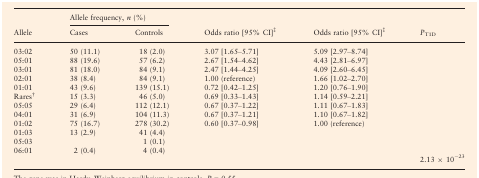
<table><thead><tr><td></td><td colspan="2"><b>Allele frequency, <i>n</i> (%)</b></td><td></td><td></td><td></td></tr><tr><td><b>Allele</b></td><td><b>Cases</b></td><td><b>Controls</b></td><td><b>Odds ratio [95% CI]‡</b></td><td><b>Odds ratio [95% CI]‡</b></td><td><b><i>P</i><sub>T1D</sub></b></td></tr></thead><tbody><tr><td>03:02</td><td>50 (11.1)</td><td>18 (2.0)</td><td>3.07 [1.65–5.71]</td><td>5.09 [2.97–8.74]</td><td></td></tr><tr><td>05:01</td><td>88 (19.6)</td><td>57 (6.2)</td><td>2.67 [1.54–4.62]</td><td>4.43 [2.81–6.97]</td><td></td></tr><tr><td>03:01</td><td>81 (18.0)</td><td>84 (9.1)</td><td>2.47 [1.44–4.25]</td><td>4.09 [2.60–6.45]</td><td></td></tr><tr><td>02:01</td><td>38 (8.4)</td><td>84 (9.1)</td><td>1.00 (reference)</td><td>1.66 [1.02–2.70]</td><td></td></tr><tr><td>01:01</td><td>43 (9.6)</td><td>139 (15.1)</td><td>0.72 [0.42–1.25]</td><td>1.20 [0.76–1.90]</td><td></td></tr><tr><td>Rares†</td><td>15 (3.3)</td><td>46 (5.0)</td><td>0.69 [0.33–1.43]</td><td>1.14 [0.59–2.21]</td><td></td></tr><tr><td>05:05</td><td>29 (6.4)</td><td>112 (12.1)</td><td>0.67 [0.37–1.22]</td><td>1.11 [0.67–1.83]</td><td></td></tr><tr><td>04:01</td><td>31 (6.9)</td><td>104 (11.3)</td><td>0.67 [0.37–1.21]</td><td>1.10 [0.67–1.82]</td><td></td></tr><tr><td>01:02</td><td>75 (16.7)</td><td>278 (30.2)</td><td>0.60 [0.37–0.98]</td><td>1.00 (reference)</td><td></td></tr><tr><td>01:03</td><td>13 (2.9)</td><td>41 (4.4)</td><td></td><td></td><td></td></tr><tr><td>05:03</td><td></td><td>1 (0.1)</td><td></td><td></td><td></td></tr><tr><td>06:01</td><td>2 (0.4)</td><td>4 (0.4)</td><td></td><td></td><td></td></tr><tr><td></td><td></td><td></td><td></td><td></td><td>2.13 × 10<sup>−23</sup></td></tr></tbody></table>